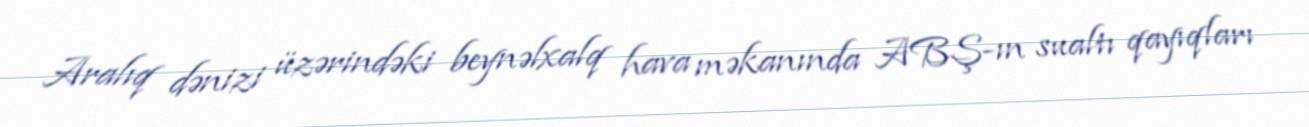
Aralıq dənizi üzərindəki beynəlxalq hava məkanında ABŞ-ın sualtı qayıqları